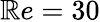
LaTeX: \mathbb{R}e=30